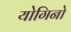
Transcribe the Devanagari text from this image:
योगिनो